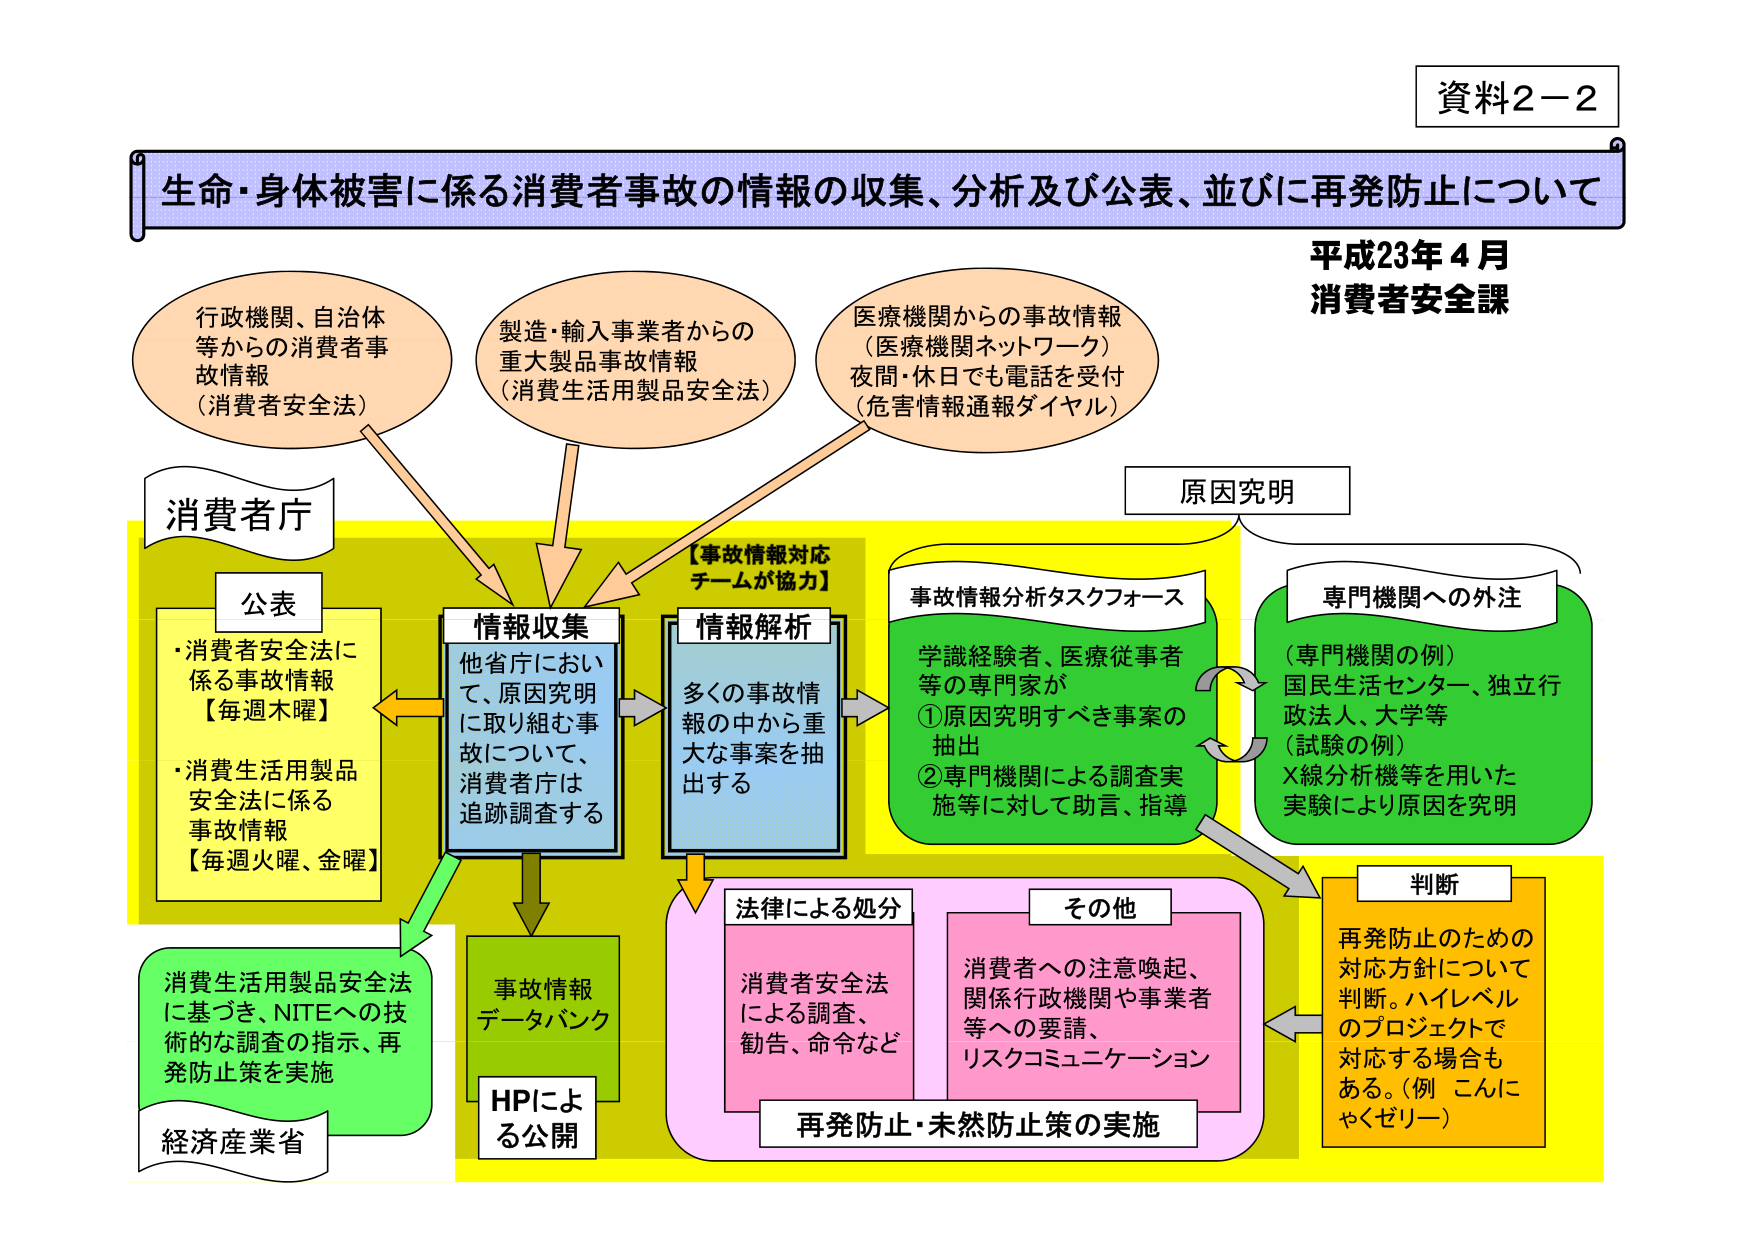
資料2－2
生命・身体被害に係る消費者事故の情報の収集、分析及び公表、並びに再発防止について
平成23年4月
消費者安全課

行政機関、自治体等からの消費者事故情報
（消費者安全法）

製造・輸入事業者からの重大製品事故情報
（消費生活用製品安全法）

医療機関からの事故情報
（医療機関ネットワーク）
夜間・休日でも電話を受付
（危害情報通報ダイヤル）

消費者庁
公表
・消費者安全法に係る事故情報
【毎週木曜】
・消費生活用製品安全法に係る事故情報
【毎週火曜、金曜】

情報収集
他省庁において、原因究明に取り組む事故について、消費者庁は追跡調査する

情報解析
多くの事故情報の中から重大な事案を抽出する

【事故情報対応チームが協力】

事故情報分析タスクフォース
学識経験者、医療従事者等の専門家が
①原因究明すべき事案の抽出
②専門機関による調査実施等に対して助言、指導

専門機関への外注
（専門機関の例）
国民生活センター、独立行政法人、大学等
（試験の例）
X線分析機等を用いた実験により原因を究明

原因究明

法律による処分
消費者安全法による調査、勧告、命令など

その他
消費者への注意喚起、関係行政機関や事業者等への要請、リスクコミュニケーション

再発防止・未然防止策の実施

判断
再発防止のための対応方針について判断。ハイレベルのプロジェクトで対応する場合もある。（例 こんにゃくゼリー）

事故情報データバンク
HPによる公開

消費生活用製品安全法に基づき、NITEへの技術的な調査の指示、再発防止策を実施
経済産業省